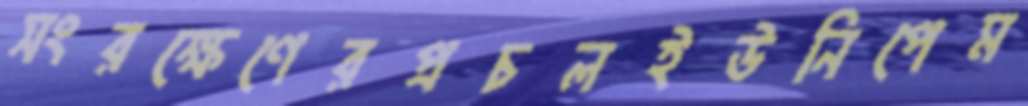
সংরক্ষেণেরপ্রচলইউনিপেম